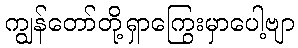
ကျွန်တော်တို့ရှာကြွေးမှာပေါ့ဗျာ